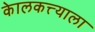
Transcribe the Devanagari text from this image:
केालकत्त्याला